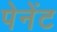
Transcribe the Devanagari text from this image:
पेनेंट